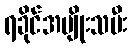
ရခိုင်အမျိုးသမီး